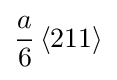
{\frac {a}{6}}\left\langle 211\right\rangle